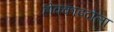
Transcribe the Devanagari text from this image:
होक्काइदोला